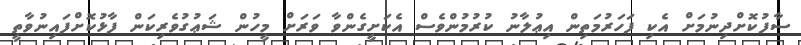
ސާފުކޮށްދިނުމަށް އެކި ފަހަރުމަތިން އިޢުލާނު ކުރުމުންވެސް އެކަށީގެންވާ ވަރަށް މީހުން ޝަޢުގުވެރިކަން ފާޅުކޮށްފައިނުވާތީ